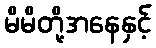
မိမိတို့အနေနှင့်